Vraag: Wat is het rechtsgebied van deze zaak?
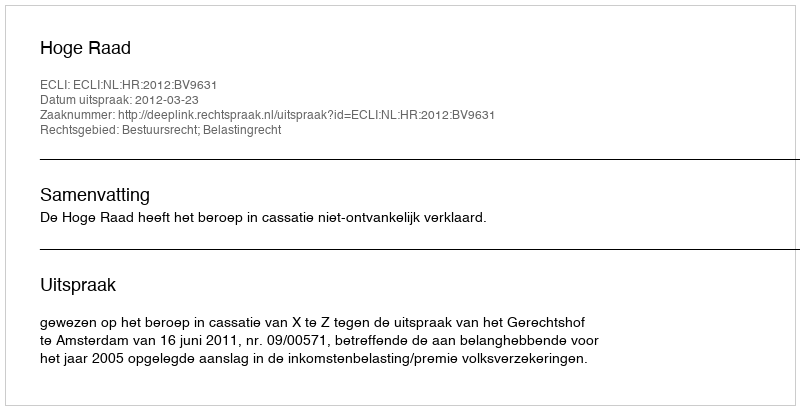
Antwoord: Bestuursrecht; Belastingrecht